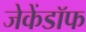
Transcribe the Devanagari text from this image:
जेकेंडॉफ